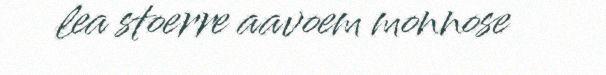
lea stoerre aavoem monnose